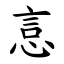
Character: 悥